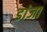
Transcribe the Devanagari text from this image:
डांजा